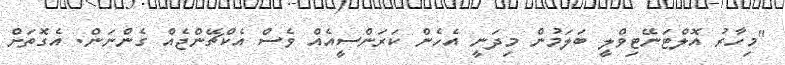
"މިހާރު އޮލްޓަނޭޓިވްލީ ބަލަމުން މިދަނީ އެހެން ކަރަންސީއެއް ވެސް އެކްޗޭންޖެއް ގެންނަން. އެގޮތަށް